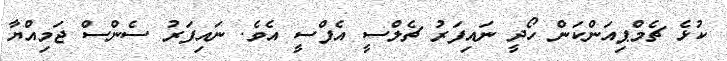
ކުޅެ ޗެމްޕިއަންކަން ހޯދީ ނައިފަރު ޗެލްސީ އެފްސީ އެވެ. ނައިފަރު ސެންސް ޖަމިއްޔާ